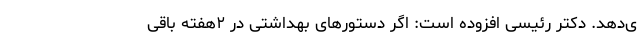
ی‌دهد. دکتر رئیسی افزوده است: اگر دستور‌های بهداشتی در ۲هفته باقی